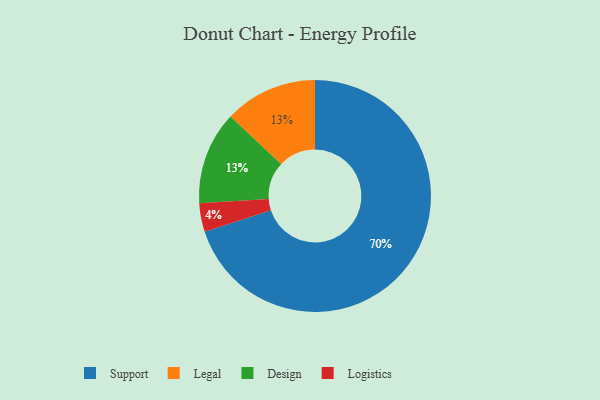
{"axis": {"x": "Category", "y": "Percentage"}, "legend": ["Design", "Legal", "Logistics", "Support"], "data": [{"x": "Support", "y": 70, "type": "Support"}, {"x": "Logistics", "y": 4, "type": "Logistics"}, {"x": "Legal", "y": 13, "type": "Legal"}, {"x": "Design", "y": 13, "type": "Design"}]}